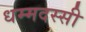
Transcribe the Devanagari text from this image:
धम्मदस्सी